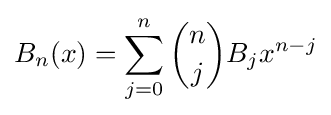
B_{n}(x)=\sum _{j=0}^{n}{\binom {n}{j}}B_{j}x^{n-j}